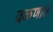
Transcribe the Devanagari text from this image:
वळणात